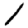
Digit: 1